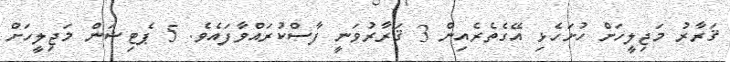
ޤަރާރު މަޖިލީހަށް ހުށަހެޅި އޭގެތެރެއިން 3 ޤަރާރުވަނީ ފާސްކުރައްވާފައެވެ. 5 ޕެޓިޝަން މަޖިލީހަށް